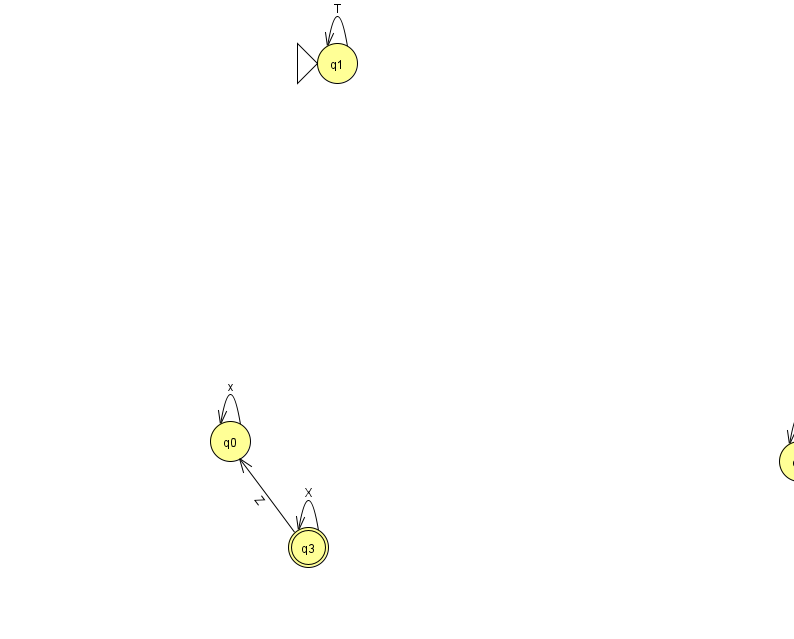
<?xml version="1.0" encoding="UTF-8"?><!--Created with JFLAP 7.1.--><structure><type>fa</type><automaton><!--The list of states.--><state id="0" name="q0"><x>230.0</x><y>428.0</y></state><state id="1" name="q1"><x>337.0</x><y>50.0</y><initial/></state><state id="2" name="q2"><x>799.0</x><y>448.0</y></state><state id="3" name="q3"><x>308.0</x><y>534.0</y><final/></state><!--The list of transitions.--><transition><from>2</from><to>2</to><read>s</read></transition><transition><from>1</from><to>1</to><read>T</read></transition><transition><from>0</from><to>0</to><read>x</read></transition><transition><from>3</from><to>3</to><read>X</read></transition><transition><from>3</from><to>0</to><read>Z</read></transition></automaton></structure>